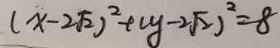
( x - 2 \sqrt { 2 } ) ^ { 2 } + ( y - 2 \sqrt { 2 } ) ^ { 2 } = 8